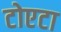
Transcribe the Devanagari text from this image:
टोएटा